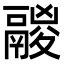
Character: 鬷